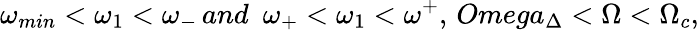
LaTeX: \omega_{min}<\omega_{1}<\omega_{-}\, and\ \ \omega_{+}<\omega_{1}<\omega^{+},\, Omega_{\Delta}<\Omega<\Omega_{c},